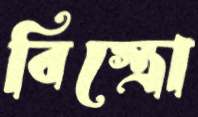
বিস্ত্রো